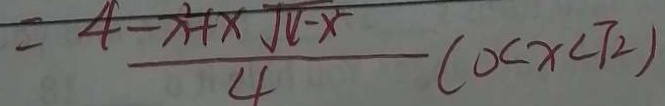
= \frac { 4 - x ^ { 2 } + x \sqrt { x - x ^ { 2 } } } { 4 } ( 0 < x < \sqrt { 2 } )